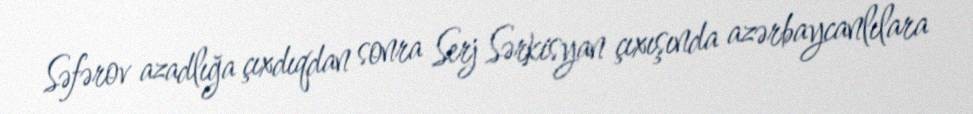
Səfərov azadlığa çıxdıqdan sonra Serj Sərkisyan çıxışında azərbaycanlılara